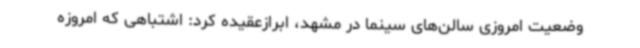
وضعیت امروزی سالن‌های سینما در مشهد، ابرازعقیده کرد: اشتباهی که امروزه